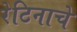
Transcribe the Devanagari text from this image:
रेटिनाचे